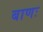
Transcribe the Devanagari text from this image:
बाणः